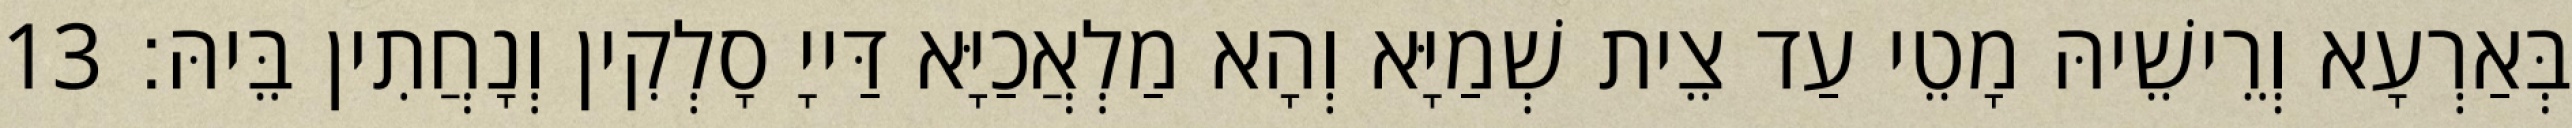
בְּאַרְעָא וְרֵישֵׁיהּ מָטֵי עַד צֵית שְׁמַיָּא וְהָא מַלְאֲכַיָּא דַּייָ סָלְקִין וְנָחֲתִין בֵּיהּ׃ 13